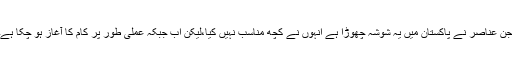
جن عناصر نے پاکستان میں یہ شوشہ چھوڑا ہے انہوں نے کچھ مناسب نہیں کیا،لیکن اب جبکہ عملی طور پر کام کا آغاز ہو چکا ہے۔